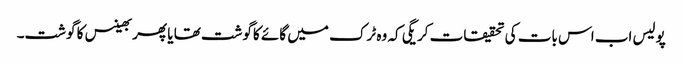
پولیس اب اس بات کی تحقیقات کریگی کہ وہ ٹرک میں گائے کاگوشت تھا یا پھر بھینس کا گوشت۔